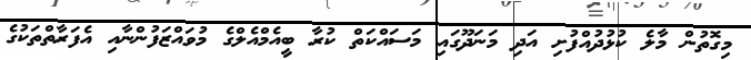
މިގޮތުން މާލެ ކުޅުދުއްފުށި އަދި މަނަދޫގައި މަސައްކަތް ކުރާ ބީއެމްއެލްގެ މުވައްޒަފުންނާއި އެފަރާތްތަކުގެ